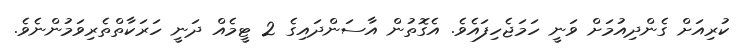
ކުރިއަށް ގެންދިއުމަށް ވަނީ ހަމަޖެހިފައެވެ. އެގޮތުން އާސަންދައިގެ 2 ޓީމެއް ދަނީ ހަރަކާތްތެރިވަމުންނެވެ.